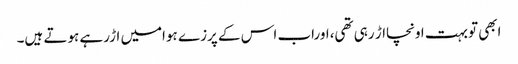
ابھی توبہت اونچااڑ رہی تھی،اوراب اس کے پرزے ہوامیں اڑرہے ہوتے ہیں۔